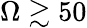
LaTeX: \Omega\gtrsim 50